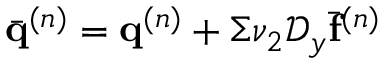
\bar { \mathbf { q } } ^ { ( n ) } = \mathbf { q } ^ { ( n ) } + \Sigma \nu _ { 2 } \mathcal { D } _ { y } \bar { \mathbf { f } } ^ { ( n ) }